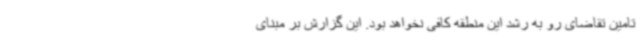
تامین تقاضای رو به رشد این منطقه کافی نخواهد بود. این گزارش بر مبنای